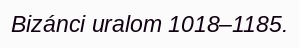
Bizánci uralom 1018–1185.